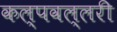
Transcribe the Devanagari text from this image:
कल्पवल्लरी